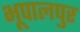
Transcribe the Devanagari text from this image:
भूपालपुर